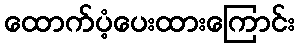
ထောက်ပံ့ပေးထားကြောင်း